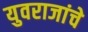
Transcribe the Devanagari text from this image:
युवराजांचे